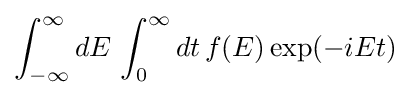
\int _{-\infty }^{\infty }dE\,\int _{0}^{\infty }dt\,f(E)\exp(-iEt)